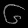
Digit: ၆